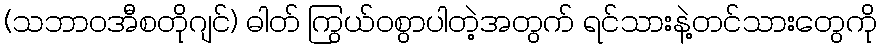
(သဘာဝအီစတိုဂျင်) ဓါတ် ကြွယ်ဝစွာပါတဲ့အတွက် ရင်သားနဲ့တင်သားတွေကို